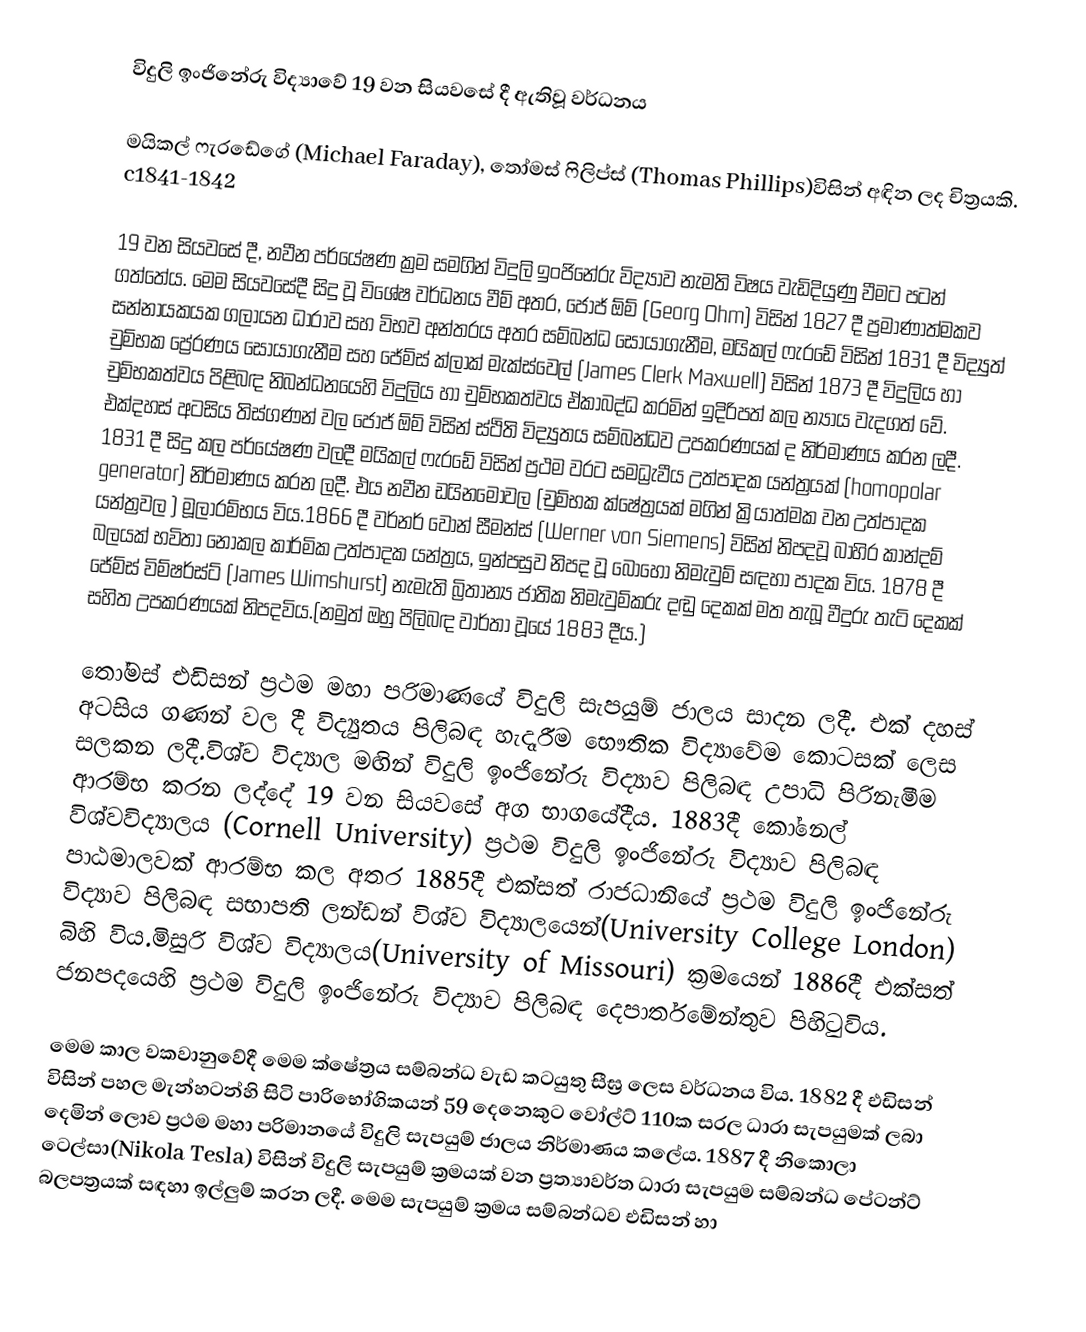
විදුලි ඉංජිනේරු විද්‍යාවේ 19 වන සියවසේ දී ඇතිවූ වර්ධනය

මයිකල් ෆැරඩේගේ (Michael Faraday), තෝමස් ෆිලිප්ස් (Thomas Phillips)විසින් අඳින ලද චිත්‍රයකි. c1841-1842

19 වන සියවසේ දී, නවීන පර්යේෂණ ක්‍රම සමගින් විදුලි ඉංජිනේරු විද්‍යාව නැමති විෂය වැඩිදියුණු වීමට පටන් ගත්තේය. මෙම සියවසේදී සිදු වූ විශේෂ වර්ධනය වීම් අතර, ජෝජ් ඕම් (Georg Ohm) විසින් 1827 දී ප්‍රමාණාත්මකව සන්නායකයක ගලායන ධාරාව සහ විභව අන්තරය අතර සම්බන්ධ සොයාගැනීම, මයිකල් ෆැරඩේ විසින් 1831 දී විද්‍යුත් චුම්භක ප්‍රේරණය සොයාගැනීම සහ ජේම්ස් ක්ලාක් මැක්ස්වෙල් (James Clerk Maxwell) විසින් 1873 දී විදුලිය හා චුම්භකත්වය පිළිබඳ නිබන්ධනයෙහි විදුලිය හා චුම්භකත්වය ඒකාබද්ධ කරමින් ඉදිරිපත් කල න්‍යාය වැදගත් වේ. එක්දහස් අටසිය තිස්ගණන් වල ජෝජ් ඕම් විසින් ස්ථිති විද්‍යුතය සම්බන්ධව උපකරණයක් ද නිර්මාණය කරන ලදී. 1831 දී සිදු කල පර්යේෂණ වලදී මයිකල් ෆැරඩේ විසින් ප්‍රථම වරට සමධ්‍රැවීය උත්පාදක යන්ත්‍රයක් (homopolar generator) නිර්මාණය කරන ලදී. එය නවීන ඩයිනමෝවල (චුම්භක ක්ෂේත්‍රයක් මගින් ක්‍රියාත්මක වන උත්පාදක යන්ත්‍රවල ) මූලාරම්භය විය.1866 දී වර්නර් වොන් සීමන්ස් (Werner von Siemens) විසින් නිපදවූ බාහිර කාන්දම් බලයක් භවිතා නොකල කාර්මික උත්පාදක යන්ත්‍රය, ඉන්පසුව නිපද වූ බොහෝ නිමැවුම් සඳහා පාදක විය. 1878 දී ජේම්ස් විම්ෂර්ස්ට් (James Wimshurst) නැමැති බ්‍රිතාන්‍ය ජාතික නිමැවුම්කරු දඬු දෙකක් මත තැබූ වීදුරු තැටි දෙකක් සහිත උපකරණයක් නිපදවිය.(නමුත් ඔහු පිලිබඳ වාර්තා වූයේ 1883 දීය.)

තෝමස් එඩිසන් ප්‍රථම මහා පරිමාණයේ විදුලි සැපයුම් ජාලය සාදන ලදී. එක් දහස් අටසිය ගණන් වල දී විද්‍යුතය පිලිබඳ හැදෑරීම භෞතික විද්‍යාවේම කොටසක් ලෙස සලකන ලදී.විශ්ව විද්‍යාල මඟින් විදුලි ඉංජිනේරු විද්‍යාව පිලිබඳ උපාධි පිරිනැමීම ආරම්භ කරන ලද්දේ 19 වන සියවසේ අග භාගයේදීය. 1883දී කෝනෙල් විශ්වවිද්‍යාලය (Cornell University) ප්‍රථම විදුලි ඉංජිනේරු විද්‍යාව පිලිබඳ පාඨමාලවක් ආරම්භ කල අතර 1885දී එක්සත් රාජධානියේ ප්‍රථම විදුලි ඉංජිනේරු විද්‍යාව පිලිබඳ සභාපති ලන්ඩන් විශ්ව විද්‍යාලයෙන්(University College London) බිහි විය.මිසුරි විශ්ව විද්‍යාලය(University of Missouri) ක්‍රමයෙන් 1886දී එක්සත් ජනපදයෙහි ප්‍රථම විදුලි ඉංජිනේරු විද්‍යාව පිලිබඳ දෙපාර්තමේන්තුව පිහිටුවිය.

මෙම කාල වකවානුවේදී මෙම ක්ෂේත්‍රය සම්බන්ධ වැඩ කටයුතු සීඝ්‍ර ලෙස වර්ධනය විය. 1882 දී එඩිසන් විසින් පහල මැන්හටන්හි සිටි පාරිභෝගිකයන් 59 දෙනෙකුට වෝල්ට් 110ක සරල ධාරා සැපයුමක් ලබා දෙමින් ලොව ප්‍රථම මහා පරිමානයේ විදුලි සැපයුම් ජාලය නිර්මාණය කලේය. 1887 දී නිකොලා ටෙල්සා(Nikola Tesla) විසින් විදුලි සැපයුම් ක්‍රමයක් වන ප්‍රත්‍යාවර්ත ධාරා සැපයුම සම්බන්ධ පේටන්ට් බලපත්‍රයක් සඳහා ඉල්ලුම් කරන ලදී. මෙම සැපයුම් ක්‍රමය සම්බන්ධව එඩිසන් හා